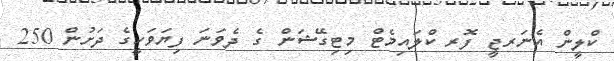
ކްލީން އެނަރޖީ ފޮރ ކްލައިމެޓް މިޓިގޭޝަން ގެ ދެވަނަ ފިޔަވަހީގެ ދަށުން 250